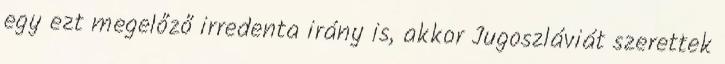
egy ezt megelőző irredenta irány is, akkor Jugoszláviát szerettek